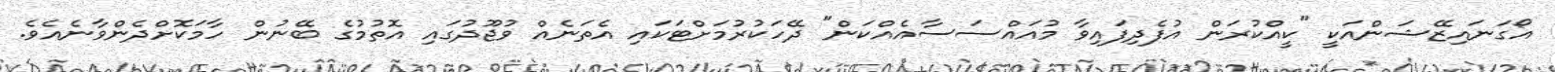
އޯގަނައިޒޭޝަންއަކީ "ކީއްކުރަން އުފެދިފައިވާ މުއައްސަސާއެއްކަން" ދޭހަކުރުމަށްޓަކައި އެތަނެއް ވުޖޫދުގައި އޮތުމުގެ ބޭނުން ހާމަކޮށްދެންވާނެއެވެ.